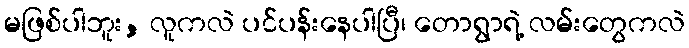
မဖြစ်ပါဘူး, လူကလဲ ပင်ပန်းနေပါပြီ၊ တောရွာရဲ့ လမ်းတွေကလဲ